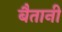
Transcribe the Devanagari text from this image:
बैतानी